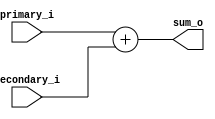
module adder (
  input [63:0] primary_i,
  input [63:0] secondary_i,

  output [63:0] sum_o
);

assign sum_o = primary_i + secondary_i;

endmodule